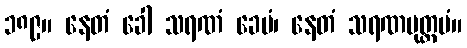
၁၈၉။ နေတံ ခေါ သရဏံ ခေမံ၊ နေတံ သရဏမုတ္တမံ။